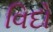
વિદો